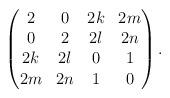
LaTeX: \begin{align*}\begin{pmatrix} 2 & 0 & 2k & 2m \\ 0 & 2 & 2l & 2n \\ 2k & 2l & 0 & 1 \\ 2m & 2n & 1 & 0 \end{pmatrix}.\end{align*}